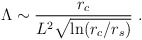
\begin{align*} \Lambda \sim \frac{r_c}{L^2\sqrt{\ln (r_c/r_s)}} \ .\end{align*}